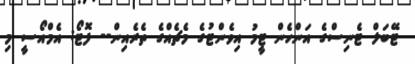
ޓޭބަލް ޓެނިސްގެ އަންހެން ޓީމު އިވެންޓުގެ މެޗެއްގެ ތެރެއިން-- ފޮޓޯ: އެމްއޯސީ މި